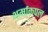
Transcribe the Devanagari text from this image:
थर्माकपल